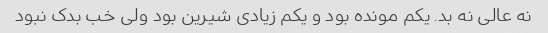
نه عالی نه بد. یکم مونده بود و یکم زیادی شیرین بود ولی خب بدک نبود